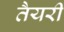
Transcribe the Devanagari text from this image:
तैयरी